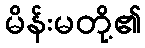
မိန်းမတို့၏